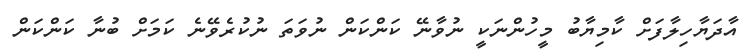
އާދަޔާހިލާފަށް ކާމިޔާބު މީހުންނަކީ ނުވާނޭ ކަންކަން ނުވަތަ ނުކުރެވޭނެ ކަމަށް ބުނާ ކަންކަން